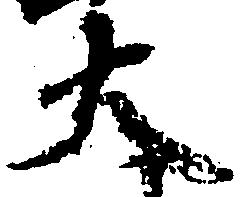
大